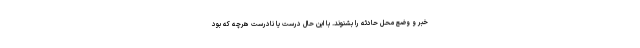
خبر و وضع محل حادثه را بشنوند. با این حال درست یا نادرست هرچه که بود